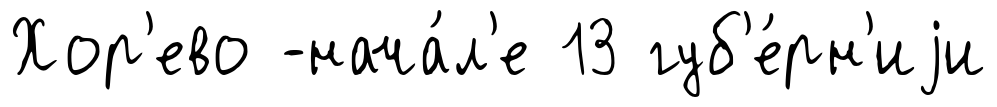
Хор'ево -нача́л'е 13 губ'е́рн'иjи